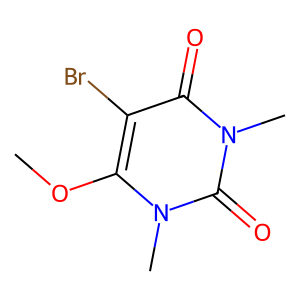
SMILES: COc1c(Br)c(=O)n(C)c(=O)n1C
Inhibits HIV replication: No